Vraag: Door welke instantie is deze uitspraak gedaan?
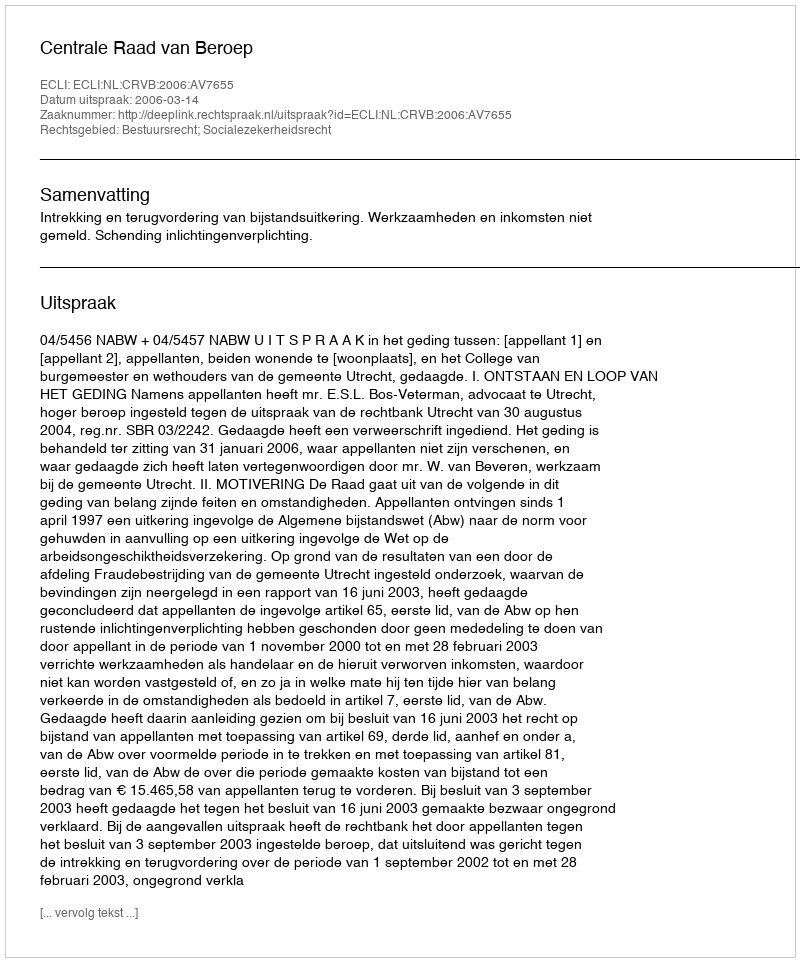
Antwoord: Centrale Raad van Beroep